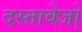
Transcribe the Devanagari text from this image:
दस्तावेजो़